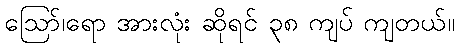
ဪ၊ရော အားလုံး ဆိုရင် ၃၈ ကျပ် ကျတယ်။